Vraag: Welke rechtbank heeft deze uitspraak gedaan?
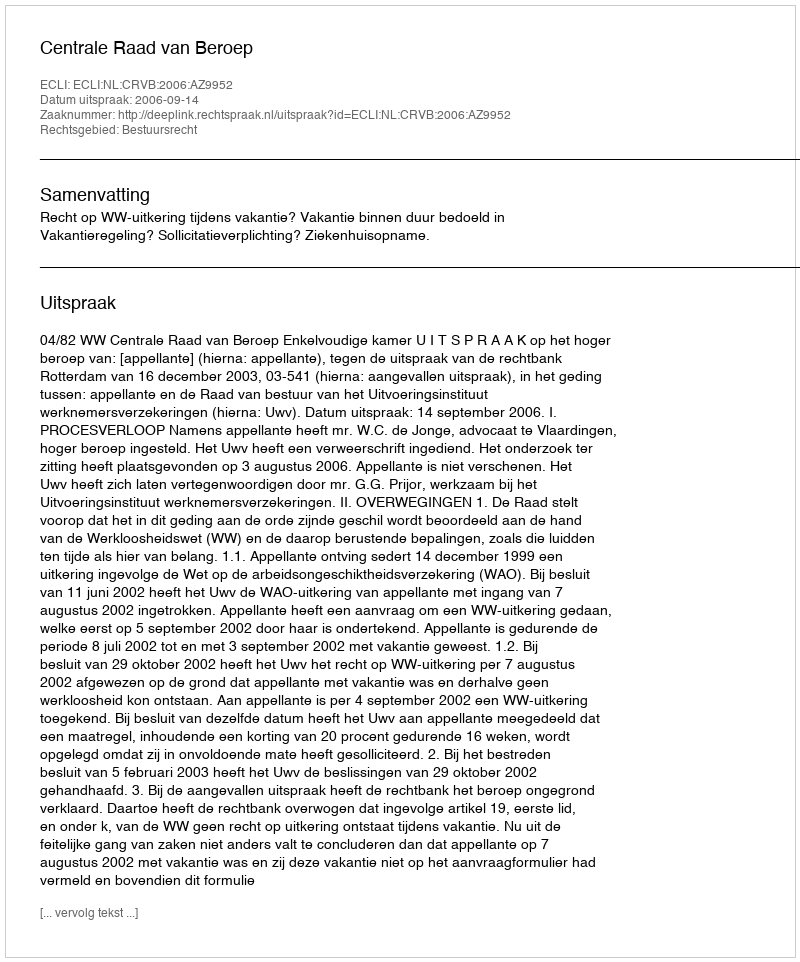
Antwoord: Centrale Raad van Beroep